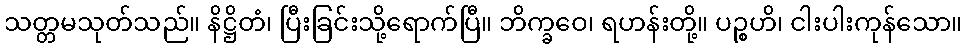
သတ္တမသုတ်သည်။ နိဋ္ဌိတံ၊ ပြီးခြင်းသို့ရောက်ပြီ။ ဘိက္ခဝေ၊ ရဟန်းတို့။ ပဉ္စဟိ၊ ငါးပါးကုန်သော။